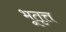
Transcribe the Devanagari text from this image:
भूतृत्त